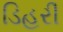
ડિહરી